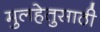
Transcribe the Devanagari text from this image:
मुलहेतुसाठी